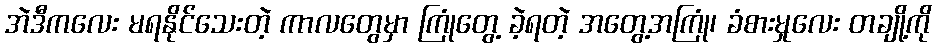
အဲဒီကလေး မရနိုင်သေးတဲ့ ကာလတွေမှာ ကြုံတွေ့ ခဲ့ရတဲ့ အတွေ့အကြုံ၊ ခံစားမှုလေး တချို့ကို